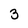
Character: 3